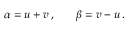
\begin{array} { r l r } { \alpha = u + v \, , } & { { } } & { \beta = v - u \, . } \end{array}